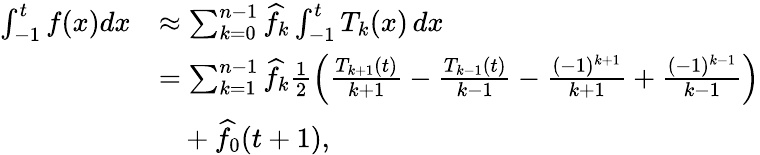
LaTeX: \begin{array}{rl}{\int_{-1}^{t}f(x)dx}&{\approx\sum_{k=0}^{n-1}\widehat{f}_{k}\int_{-1}^{t}T_{k}(x)\, dx}\\ &{=\sum_{k=1}^{n-1}\widehat{f}_{k}\frac{1}{2}\Bigl(\frac{T_{k+1}(t)}{k+1}-\frac{T_{k-1}(t)}{k-1}-\frac{(-1)^{k+1}}{k+1}+\frac{(-1)^{k-1}}{k-1}\Bigr)}\\ &{\ \ \ +\widehat{f}_{0}(t+1),}\end{array}